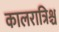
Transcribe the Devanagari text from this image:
कालरात्रिश्च